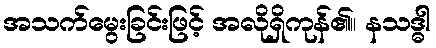
အသက်မွေးခြင်းဖြင့် အလိုရှိကုန်၏။ နသဒ္ဓါ